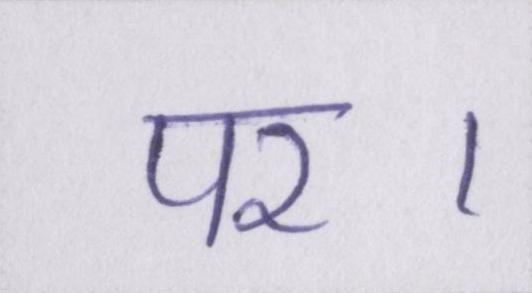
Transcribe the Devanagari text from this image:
पर।